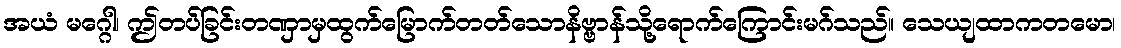
အယံ မဂ္ဂေါ၊ ဤတပ်ခြင်းတဏှာမှထွက်မြောက်တတ်သောနိဗ္ဗာန်သို့ရောက်ကြောင်းမဂ်သည်။ သေယျထာကတမော၊